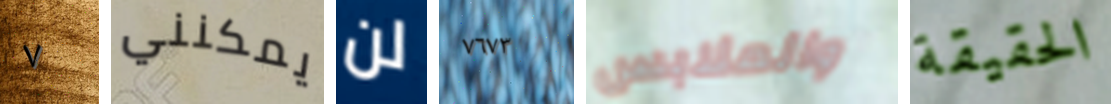
٧ يمكنني لن ٧٦٧٣ والملابس الحقيقة